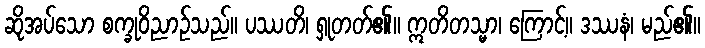
ဆိုအပ်သော စက္ခုဝိညာဉ်သည်။ ပဿတိ၊ ရှုတတ်၏။ ဣတိတသ္မာ၊ ကြောင့်။ ဒဿနံ၊ မည်၏။